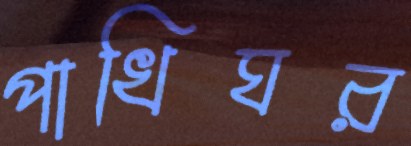
পাখিঘর